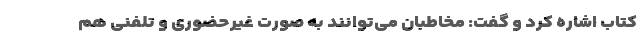
کتاب اشاره کرد و گفت: مخاطبان می‌توانند به صورت غیرحضوری و تلفنی هم